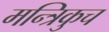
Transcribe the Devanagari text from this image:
मन्त्रिकुच